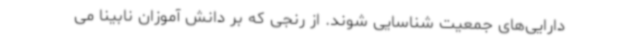
دارایی‌های جمعیت شناسایی شوند. از رنجی که بر دانش آموزان نابینا می